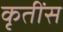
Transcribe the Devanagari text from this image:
कृतींस